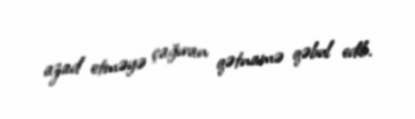
azad etməyə çağıran qətnamə qəbul edib.